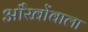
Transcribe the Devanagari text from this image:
आँखोंवाला